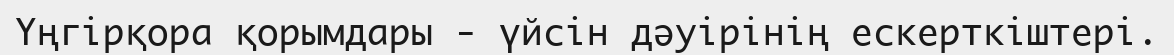
Үңгірқора қорымдары - үйсін дәуірінің ескерткіштері.